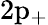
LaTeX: \mathrm{2\mathrm{p}_{+}}